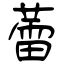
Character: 蕾